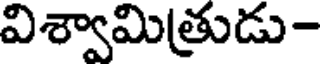
విశ్వామిత్రుడు-